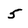
Character: 5